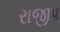
રાજીપ